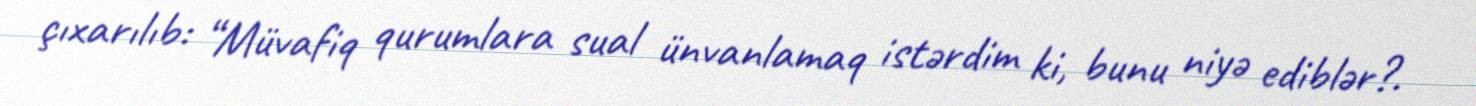
çıxarılıb: “Müvafiq qurumlara sual ünvanlamaq istərdim ki, bunu niyə ediblər?.